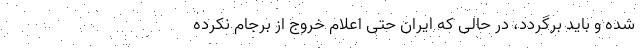
شده و باید برگردد، در حالی که ایران حتی اعلام خروج از برجام نکرده